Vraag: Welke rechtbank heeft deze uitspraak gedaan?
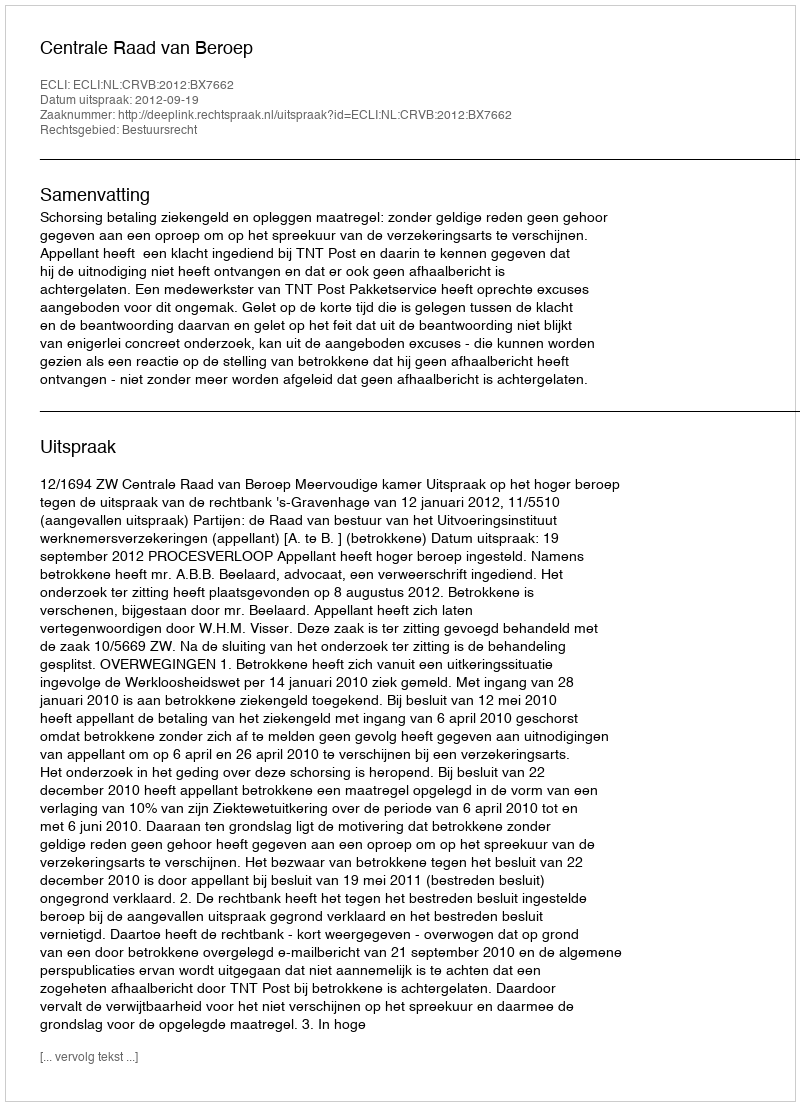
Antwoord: Centrale Raad van Beroep